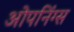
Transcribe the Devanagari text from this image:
ओपनिंग्स